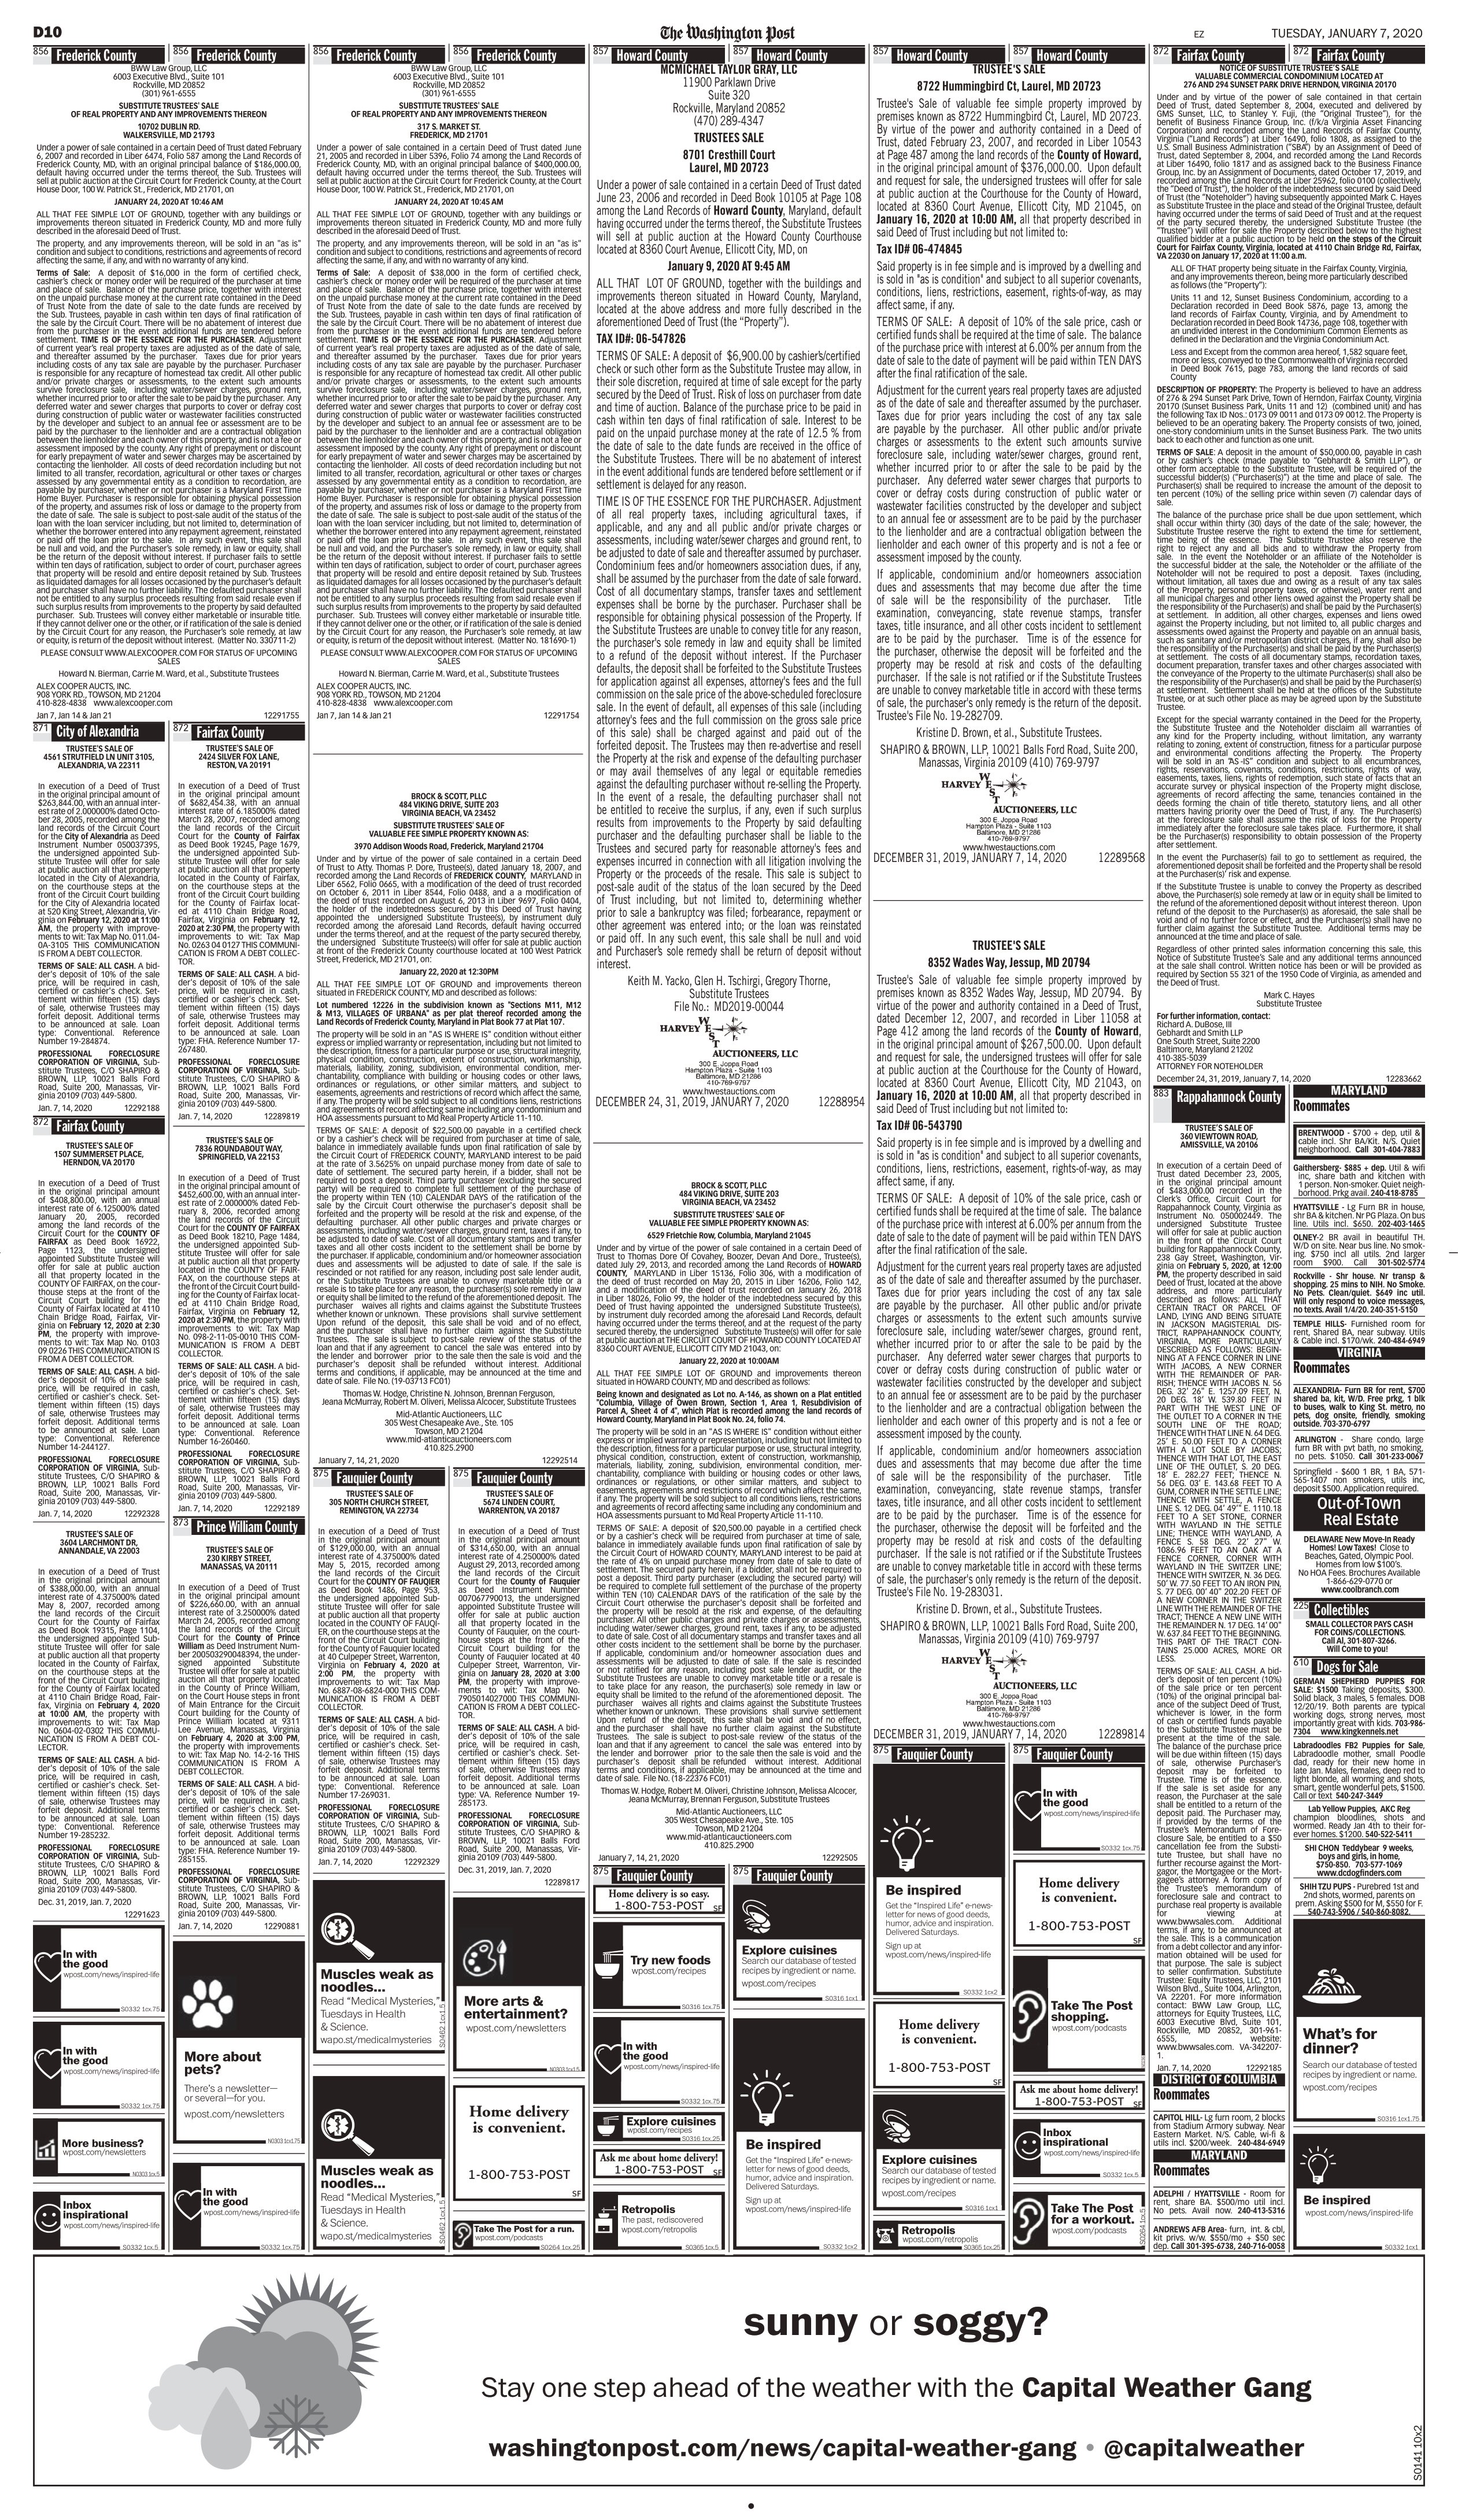
Language: en